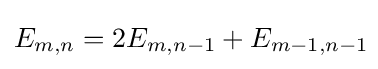
E_{m,n}=2E_{m,n-1}+E_{m-1,n-1}\!